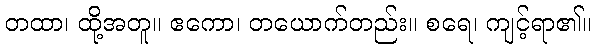
တထာ၊ ထို့အတူ။ ဧကော၊ တယောက်တည်း။ စရေ၊ ကျင့်ရာ၏။